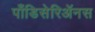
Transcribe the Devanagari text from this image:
पाँडिसेरिॲनस